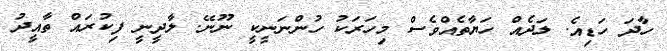
ހާދަ ހަޑިއެ. ލަދެއް ހަޔާތެއްވެސް މިހަރަކު ހުންނަނީކީ ނޫނޭ. ލާދީނީ ފިކުރައް ތާއީދު